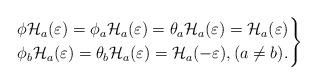
LaTeX: \begin{align*}\left.\begin{aligned}&\phi\mathcal H_a(\varepsilon)=\phi_a\mathcal H_a(\varepsilon)=\theta_a\mathcal H_a(\varepsilon)=\mathcal H_a(\varepsilon) \\&\phi_b\mathcal H_a(\varepsilon)=\theta_b\mathcal H_a(\varepsilon)=\mathcal H_a(-\varepsilon), (a\neq b).\end{aligned}\right\}\end{align*}